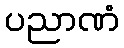
ပညာဏံ